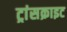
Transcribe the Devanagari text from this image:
ट्रांसक्राइट